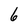
Character: 6